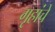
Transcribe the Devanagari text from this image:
गृहांचे